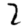
Digit: 2